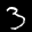
Label: 3